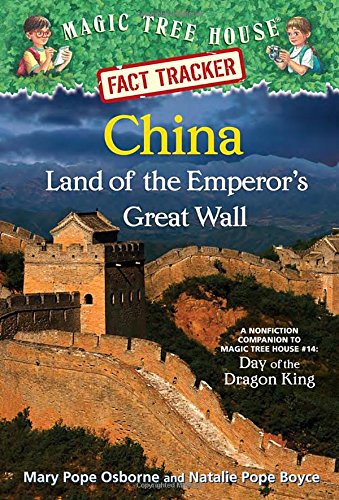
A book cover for Magic Tree House Fact Tracker #31: China: Land of the Emperor's Great Wall: A Nonfiction Companion to Magic Tree House #14: Day of the Dragon King (A Stepping Stone Book(TM)); Mary Pope Osborne; Children's Books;